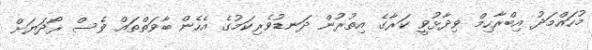
މުހައްމަދު އިބްރާހިމް ވިދާޅުވީ ކަރާގެ އިތުރުން ދަނޑުވެރިކަމުގެ އެހެން ބާވަތްތައް ވެސް ރޯދަޔަށް